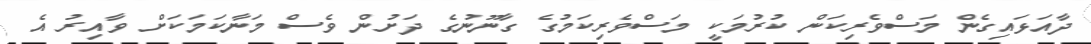
ދާއަޅައިގެން މަސްވެރިކަން ކުރުމަކީ މަސްވެރިކަމުގެ ގާނޫނުގެ ދަށުން ވެސް މަނާކަމަކަށް ވާއިރު އެ